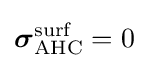
{\boldsymbol {\sigma }}_{\text{AHC}}^{\text{surf}}=0